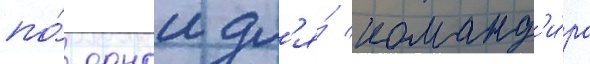
по́ однои дл'я́ команд'и́ра